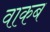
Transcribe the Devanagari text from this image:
वाकब